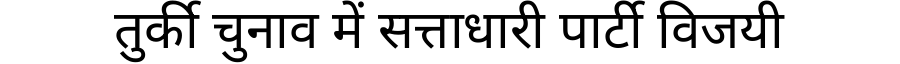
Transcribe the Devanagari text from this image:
तुर्की चुनाव में सत्ताधारी पार्टी विजयी